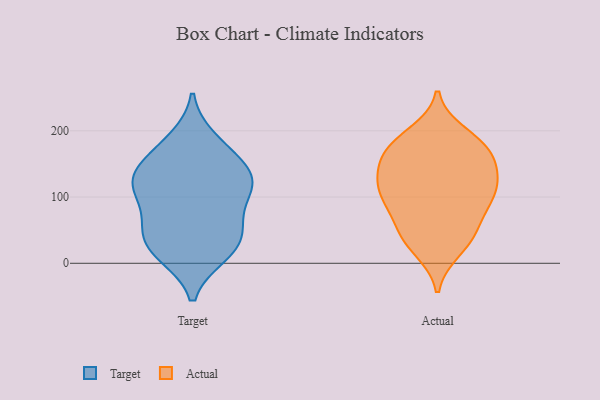
{"axis": {"x": "Net Income (USD K)", "y": "Value"}, "legend": ["Actual", "Target"], "data": [{"x": "", "y": 124, "type": "Target"}, {"x": "", "y": 14, "type": "Target"}, {"x": "", "y": 109, "type": "Target"}, {"x": "", "y": 116, "type": "Target"}, {"x": "", "y": 73, "type": "Target"}, {"x": "", "y": 13, "type": "Target"}, {"x": "", "y": 58, "type": "Target"}, {"x": "", "y": 150, "type": "Target"}, {"x": "", "y": 23, "type": "Target"}, {"x": "", "y": 145, "type": "Target"}, {"x": "", "y": 50, "type": "Target"}, {"x": "", "y": 119, "type": "Target"}, {"x": "", "y": 174, "type": "Target"}, {"x": "", "y": 187, "type": "Target"}, {"x": "", "y": 40, "type": "Target"}, {"x": "", "y": 120, "type": "Target"}, {"x": "", "y": 93, "type": "Actual"}, {"x": "", "y": 108, "type": "Actual"}, {"x": "", "y": 145, "type": "Actual"}, {"x": "", "y": 180, "type": "Actual"}, {"x": "", "y": 102, "type": "Actual"}, {"x": "", "y": 159, "type": "Actual"}, {"x": "", "y": 143, "type": "Actual"}, {"x": "", "y": 27, "type": "Actual"}, {"x": "", "y": 20, "type": "Actual"}, {"x": "", "y": 47, "type": "Actual"}, {"x": "", "y": 59, "type": "Actual"}, {"x": "", "y": 175, "type": "Actual"}, {"x": "", "y": 84, "type": "Actual"}, {"x": "", "y": 184, "type": "Actual"}, {"x": "", "y": 196, "type": "Actual"}, {"x": "", "y": 162, "type": "Actual"}, {"x": "", "y": 119, "type": "Actual"}, {"x": "", "y": 109, "type": "Actual"}, {"x": "", "y": 123, "type": "Actual"}, {"x": "", "y": 46, "type": "Actual"}]}